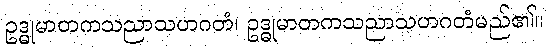
ဥဒ္ဓုမာတကသညာသဟဂတံ၊ ဥဒ္ဓုမာတကသညာသဟဂတံမည်၏။